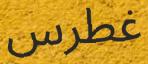
غطرس